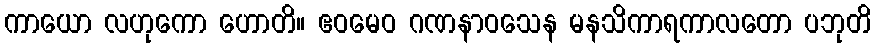
ကာယော လဟုကော ဟောတိ။ ဧဝမေဝ ဂဏနာဝသေန မနသိကာရကာလတော ပဘုတိ